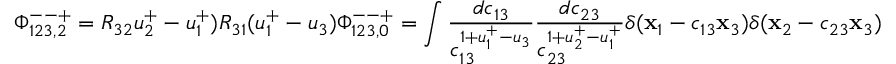
\Phi _ { 1 2 3 , 2 } ^ { -- + } = R _ { 3 2 } u _ { 2 } ^ { + } - u _ { 1 } ^ { + } ) R _ { 3 1 } ( u _ { 1 } ^ { + } - u _ { 3 } ) \Phi _ { 1 2 3 , 0 } ^ { -- + } = \int \frac { d c _ { 1 3 } } { c _ { 1 3 } ^ { 1 + u _ { 1 } ^ { + } - u _ { 3 } } } \frac { d c _ { 2 3 } } { c _ { 2 3 } ^ { 1 + u _ { 2 } ^ { + } - u _ { 1 } ^ { + } } } \delta ( \mathbf { x } _ { 1 } - c _ { 1 3 } \mathbf { x } _ { 3 } ) \delta ( \mathbf { x } _ { 2 } - c _ { 2 3 } \mathbf { x } _ { 3 } )